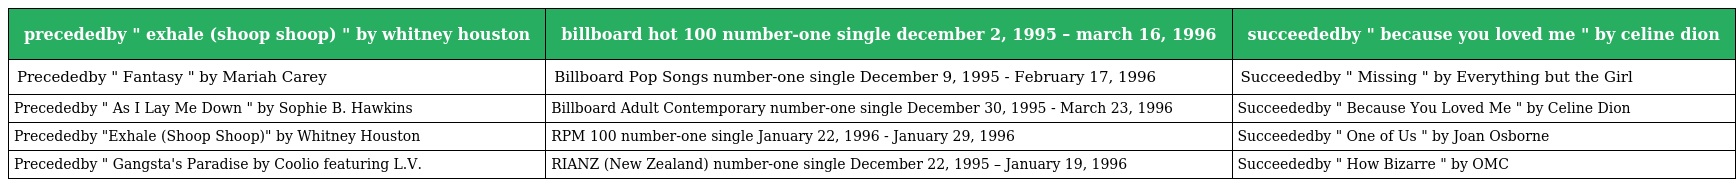
| precededby " exhale (shoop shoop) " by whitney houston | billboard hot 100 number-one single december 2, 1995 – march 16, 1996 | succeededby " because you loved me " by celine dion |
 | --- | --- | --- |
 | Precededby " Fantasy " by Mariah Carey | Billboard Pop Songs number-one single December 9, 1995 - February 17, 1996 | Succeededby " Missing " by Everything but the Girl |
 | Precededby " As I Lay Me Down " by Sophie B. Hawkins | Billboard Adult Contemporary number-one single December 30, 1995 - March 23, 1996 | Succeededby " Because You Loved Me " by Celine Dion |
 | Precededby "Exhale (Shoop Shoop)" by Whitney Houston | RPM 100 number-one single January 22, 1996 - January 29, 1996 | Succeededby " One of Us " by Joan Osborne |
 | Precededby " Gangsta's Paradise by Coolio featuring L.V. | RIANZ (New Zealand) number-one single December 22, 1995 – January 19, 1996 | Succeededby " How Bizarre " by OMC |